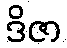
ဒိဇာ